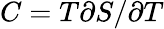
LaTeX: C=T\partial S/\partial T